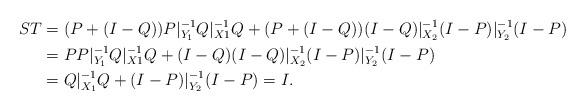
LaTeX: \begin{align*}ST&=(P+(I-Q))P|^{-1}_{Y_1}Q|^{-1}_{X1}Q+(P+(I-Q))(I-Q)|^{-1}_{X_2}(I-P)|^{-1}_{Y_2}(I-P)\\&=PP|^{-1}_{Y_1}Q|^{-1}_{X1}Q+(I-Q)(I-Q)|^{-1}_{X_2}(I-P)|^{-1}_{Y_2}(I-P)\\&=Q|^{-1}_{X_1}Q+(I-P)|^{-1}_{Y_2}(I-P)=I.\end{align*}